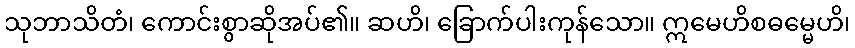
သုဘာသိတံ၊ ကောင်းစွာဆိုအပ်၏။ ဆဟိ၊ ခြောက်ပါးကုန်သော။ ဣမေဟိစဓမ္မေဟိ၊